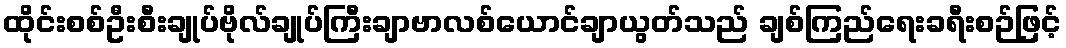
ထိုင်းစစ်ဦးစီးချုပ်ဗိုလ်ချုပ်ကြီးချာဗာလစ်ယောင်ချာယွတ်သည် ချစ်ကြည်ရေးခရီးစဉ်ဖြင့်